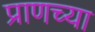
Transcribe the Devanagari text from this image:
प्राणच्या